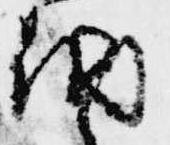
納